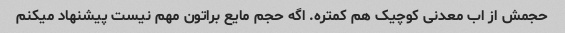
حجمش از اب معدنی کوچیک هم کمتره. اگه حجم مایع براتون مهم نیست پیشنهاد میکنم